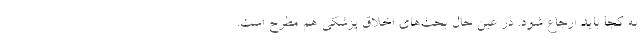
به کجا باید ارجاع شود. در عین حال بحث‌های اخلاق پزشکی هم مطرح است.